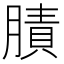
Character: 𦟜